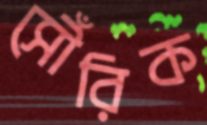
সৌঁরিক